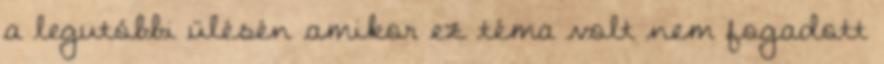
a legutóbbi ülésén amikor ez téma volt nem fogadott